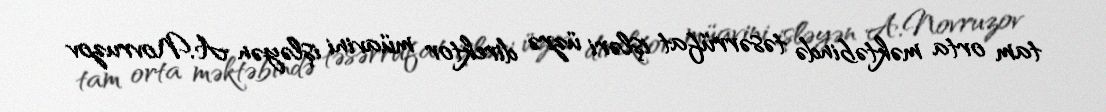
tam orta məktəbində təsərrüfat işləri üzrə direktor müavini işləyən A.Novruzov